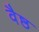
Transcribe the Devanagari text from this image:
वैष्ठ